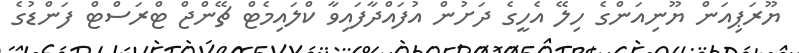
ޔޫރަޕިއަން ޔޫނިއަންގެ ހިލޭ އެހީގެ ދަށުން އުފައްދާފައިވާ ކްލައިމެޓް ޗޭންޖް ޓްރަސްޓް ފަންޑުގެ